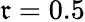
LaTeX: \mathfrak{r}=0.5